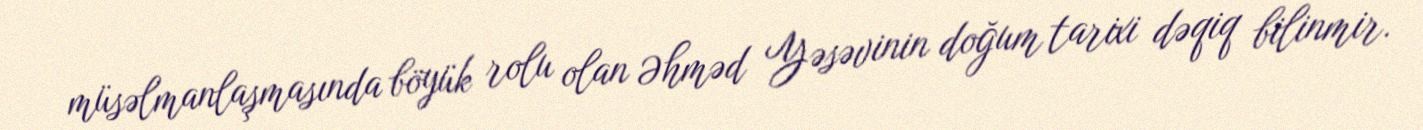
müsəlmanlaşmasında böyük rolu olan Əhməd Yəsəvinin doğum tarixi dəqiq bilinmir.